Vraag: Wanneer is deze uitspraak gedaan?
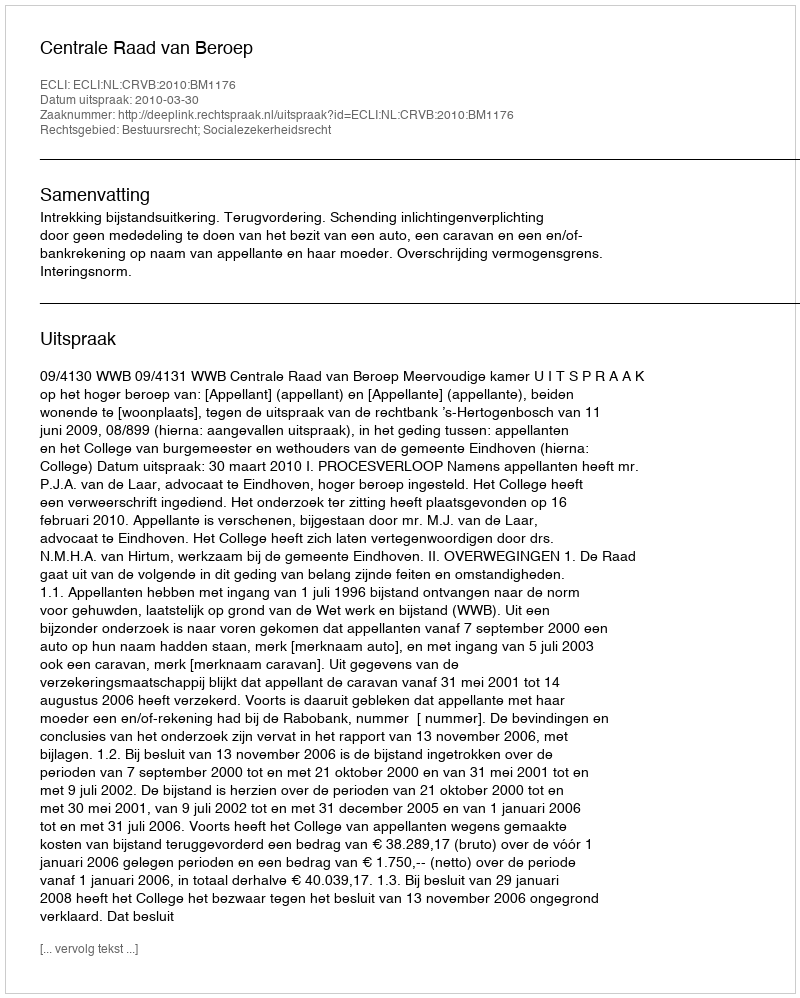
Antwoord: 2010-03-30